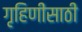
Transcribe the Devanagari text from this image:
गृहिणींसाठी